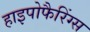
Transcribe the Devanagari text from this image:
हाइपोफैरिंग्स